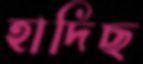
হাদিছ